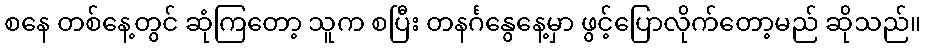
စနေ တစ်နေ့တွင် ဆုံကြတော့ သူက စပြီး တနင်္ဂနွေနေ့မှာ ဖွင့်ပြောလိုက်တော့မည် ဆိုသည်။